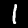
Label: 1